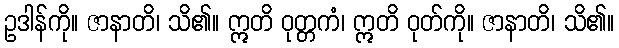
ဥဒါန်ကို။ ဇာနာတိ၊ သိ၏။ ဣတိ ဝုတ္တကံ၊ ဣတိ ဝုတ်ကို။ ဇာနာတိ၊ သိ၏။